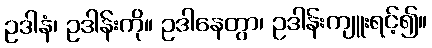
ဥဒါနံ၊ ဥဒါန်းကို။ ဥဒါနေတွာ၊ ဥဒါန်းကျူးရင့်၍။